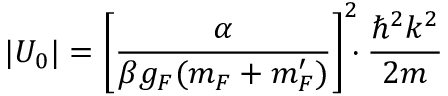
| U _ { 0 } | = \left[ \frac { \alpha } { \beta g _ { F } ( m _ { F } + m _ { F } ^ { \prime } ) } \right] ^ { 2 } \! \! \! \cdot \frac { \hbar ^ { 2 } k ^ { 2 } } { 2 m }